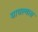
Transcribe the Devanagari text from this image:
वाचल्यास